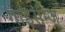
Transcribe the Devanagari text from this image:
गाइर्सम्ज्